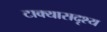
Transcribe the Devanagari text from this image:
टाक्यासदृश्य